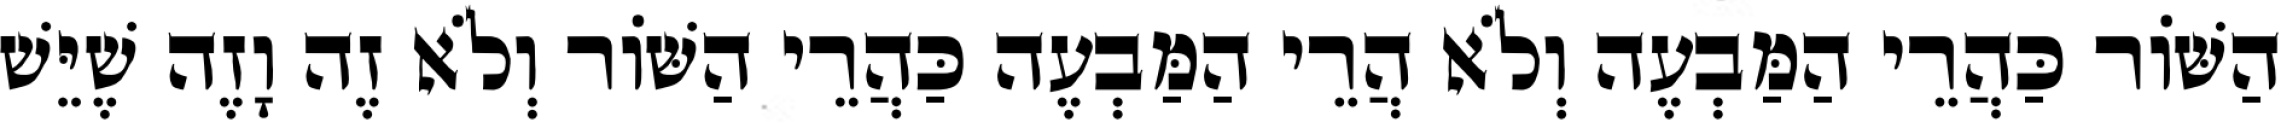
הַשּׁוֹר כַּהֲרֵי הַמַּבְעֶה וְלֹא הֲרֵי הַמַּבְעֶה כַּהֲרֵי הַשּׁוֹר וְלֹא זֶה וָזֶה שֶׁיֵּשׁ